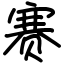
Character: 赛